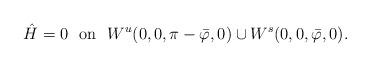
LaTeX: \begin{align*}\hat{H}=0\ \ \textrm{on}\ \ W^u(0,0,\pi-\bar{\varphi},0)\cup W^s(0,0,\bar{\varphi},0).\end{align*}